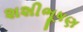
શશીભૂષણ